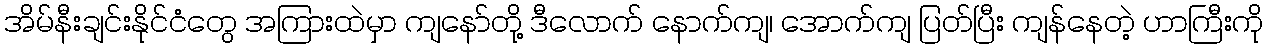
အိမ်နီးချင်းနိုင်ငံတွေ အကြားထဲမှာ ကျနော်တို့ ဒီလောက် နောက်ကျ၊ အောက်ကျ ပြတ်ပြီး ကျန်နေတဲ့ ဟာကြီးကို